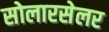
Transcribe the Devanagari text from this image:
सोलारसेलर